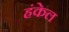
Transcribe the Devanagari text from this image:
हंकेल